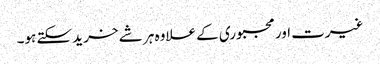
غیرت اور مجبوری کے علاوہ ہر شے خرید سکتے ہو۔